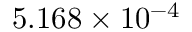
5 . 1 6 8 \times 1 0 ^ { - 4 }